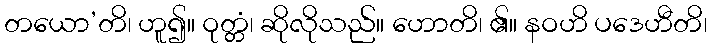
တယော’တိ၊ ဟူ၍။ ဝုတ္တံ၊ ဆိုလိုသည်။ ဟောတိ၊ ၏။ နဝဟိ ပဒေဟီတိ၊